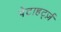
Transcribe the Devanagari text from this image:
पेटाहर्ट्ज़